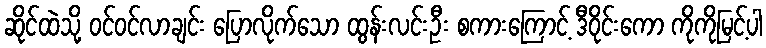
ဆိုင်ထဲသို့ ဝင်ဝင်လာချင်း ပြောလိုက်သော ထွန်းလင်းဦး စကားကြောင့် ဒီဝိုင်းကော ကိုကိုမြင့်ပါ